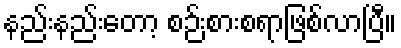
နည်းနည်းတော့ စဉ်းစားစရာဖြစ်လာပြီ။